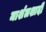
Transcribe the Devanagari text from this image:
मार्शलशादी